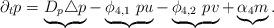
LaTeX: \begin{align*}\partial_t p = \underbrace{D_p \triangle p}_{} - \underbrace{\phi_{4,1}~pu}_{} - \underbrace{\phi_{4,2}~pv}_{} + \underbrace{\alpha_4 m}_{}.\end{align*}